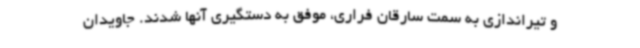
و تیراندازی به سمت سارقان فراری، موفق به دستگیری آنها شدند. جاویدان